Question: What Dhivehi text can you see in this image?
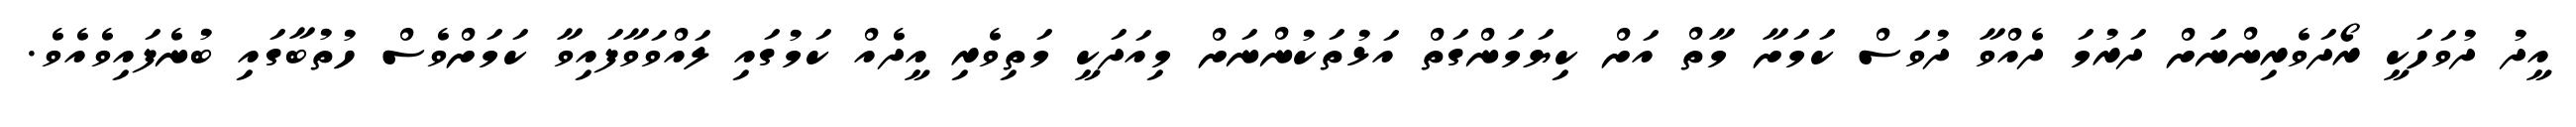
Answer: އީދު ދުވަހަކީ ރޯދަވެރިންނަަށް ދަރުމަ ދެއްވާ ދުވަސް ކަމަށާ މާތް އަށް ކިޔަމަންގަތް އަޅުތަކުންނަށް މިއަދަކީ މަތިވެރި އީދެއް ކަމުގައި ލައްވަވާފައިވާ ކަމަށްވެސް ހުތުބާގައި ބުނެފައިވެއެވެ.